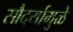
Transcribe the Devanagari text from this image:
सौदर्यामुळे